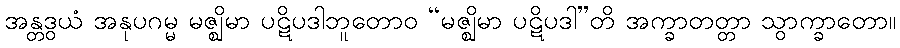
အန္တဒွယံ အနုပဂမ္မ မဇ္ဈိမာ ပဋိပဒါဘူတောဝ “မဇ္ဈိမာ ပဋိပဒါ”တိ အက္ခာတတ္တာ သွာက္ခာတော။